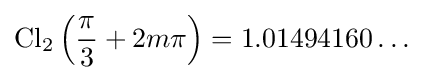
\operatorname {Cl} _{2}\left({\frac {\pi }{3}}+2m\pi \right)=1.01494160\ldots